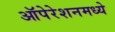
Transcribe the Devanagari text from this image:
ऑपेरेशनमध्ये